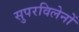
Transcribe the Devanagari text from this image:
सुपरविलेनों